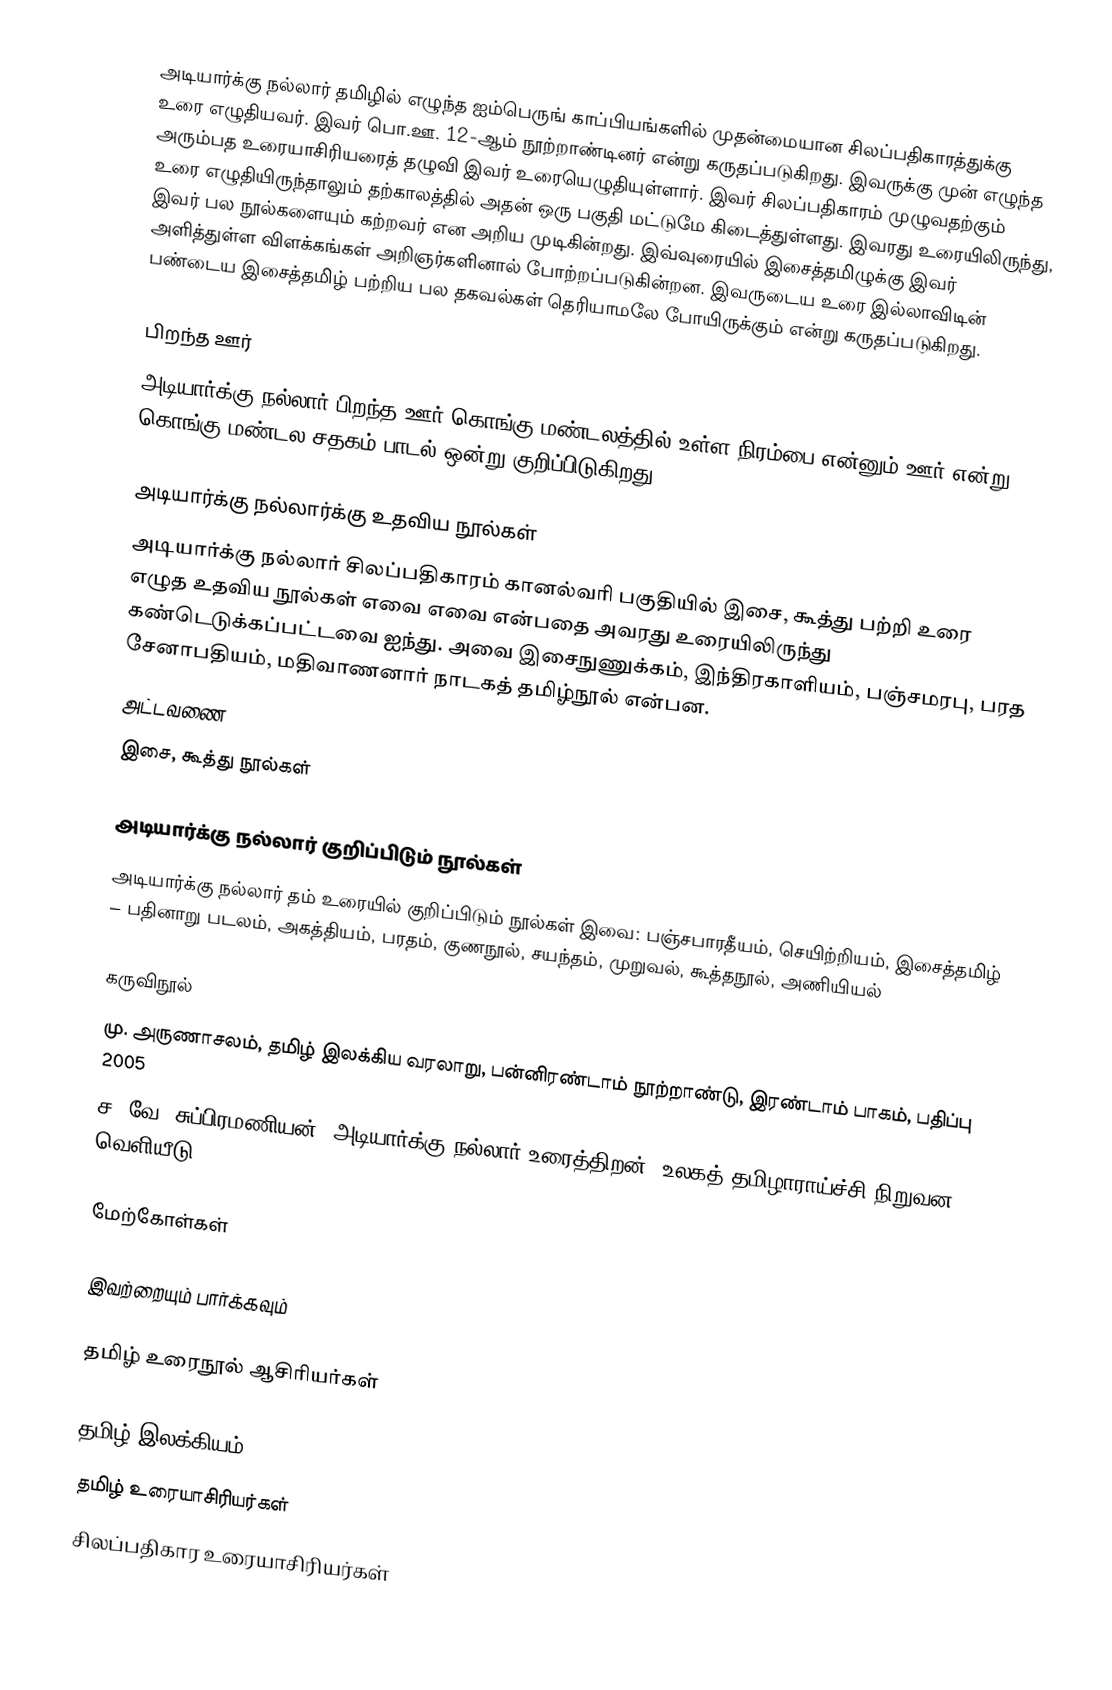
அடியார்க்கு நல்லார் தமிழில் எழுந்த ஐம்பெருங் காப்பியங்களில் முதன்மையான சிலப்பதிகாரத்துக்கு உரை எழுதியவர். இவர் பொ.ஊ. 12-ஆம் நூற்றாண்டினர் என்று கருதப்படுகிறது. இவருக்கு முன் எழுந்த அரும்பத உரையாசிரியரைத் தழுவி இவர் உரையெழுதியுள்ளார். இவர்  சிலப்பதிகாரம் முழுவதற்கும் உரை எழுதியிருந்தாலும் தற்காலத்தில் அதன் ஒரு பகுதி மட்டுமே கிடைத்துள்ளது. இவரது உரையிலிருந்து, இவர் பல நூல்களையும் கற்றவர் என அறிய முடிகின்றது. இவ்வுரையில் இசைத்தமிழுக்கு இவர் அளித்துள்ள விளக்கங்கள் அறிஞர்களினால் போற்றப்படுகின்றன. இவருடைய உரை இல்லாவிடின் பண்டைய இசைத்தமிழ் பற்றிய பல தகவல்கள் தெரியாமலே போயிருக்கும் என்று கருதப்படுகிறது.

பிறந்த ஊர்
அடியார்க்கு நல்லார் பிறந்த ஊர் கொங்கு மண்டலத்தில் உள்ள நிரம்பை என்னும் ஊர் என்று கொங்கு மண்டல சதகம் பாடல் ஒன்று குறிப்பிடுகிறது.

அடியார்க்கு நல்லார்க்கு உதவிய நூல்கள்
அடியார்க்கு நல்லார் சிலப்பதிகாரம் கானல்வரி பகுதியில் இசை, கூத்து பற்றி உரை எழுத உதவிய நூல்கள் எவை எவை என்பதை அவரது உரையிலிருந்து கண்டெடுக்கப்பட்டவை ஐந்து. அவை இசைநுணுக்கம், இந்திரகாளியம், பஞ்சமரபு, பரத சேனாபதியம், மதிவாணனார் நாடகத் தமிழ்நூல் என்பன.
 அட்டவணை
இசை, கூத்து நூல்கள்

அடியார்க்கு நல்லார் குறிப்பிடும் நூல்கள்
அடியார்க்கு நல்லார் தம் உரையில் குறிப்பிடும் நூல்கள் இவை: பஞ்சபாரதீயம், செயிற்றியம், இசைத்தமிழ் – பதினாறு படலம், அகத்தியம், பரதம், குணநூல், சயந்தம், முறுவல், கூத்தநூல், அணியியல்

கருவிநூல்
மு. அருணாசலம், தமிழ் இலக்கிய வரலாறு, பன்னிரண்டாம் நூற்றாண்டு, இரண்டாம் பாகம், பதிப்பு 2005
 ச. வே. சுப்பிரமணியன், அடியார்க்கு நல்லார் உரைத்திறன், உலகத் தமிழாராய்ச்சி நிறுவன வெளியீடு,

மேற்கோள்கள்

இவற்றையும் பார்க்கவும்

 தமிழ் உரைநூல் ஆசிரியர்கள்

தமிழ் இலக்கியம்
தமிழ் உரையாசிரியர்கள்
சிலப்பதிகார உரையாசிரியர்கள்